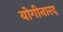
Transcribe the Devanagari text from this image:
योगीनारद